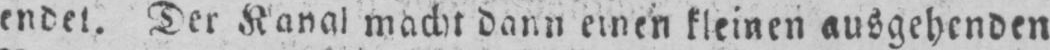
endet. Der Kanal macht dann einen kleinen ausgehenden